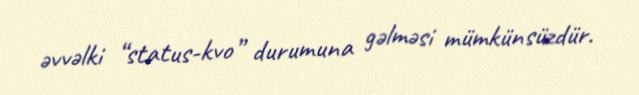
əvvəlki “status-kvo” durumuna gəlməsi mümkünsüzdür.